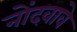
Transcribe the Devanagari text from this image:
नोंदवावे